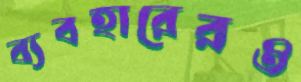
ব্যবহারেরও